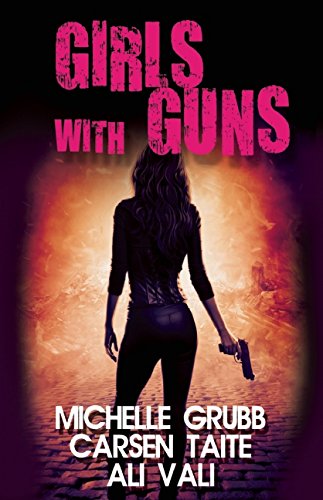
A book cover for Girls With Guns; Ali Vali; Romance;